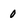
Character: 0